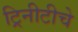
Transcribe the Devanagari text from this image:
ट्रिनीटीचे